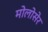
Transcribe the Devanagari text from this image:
मोलोसेर